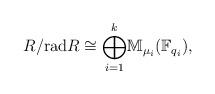
LaTeX: \begin{align*}R/\mathrm{rad}R\cong \overset{k}{\underset{i=1}\bigoplus}\mathbb{M}_{\mu_i}(\mathbb{F}_{q_i}),\end{align*}